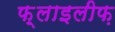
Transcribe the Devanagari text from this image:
फ़्लाइलीफ़